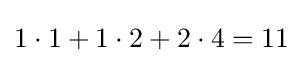
1\cdot 1+1\cdot 2+2\cdot 4=11